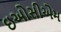
ઇઓસીએમ